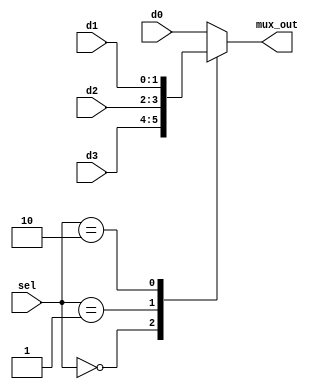
`timescale 1ns/1ns
module mux4_1(
input [1:0]d1,d2,d3,d0,
input [1:0]sel,
output[1:0]mux_out
);
    reg [1:0] out;
    //*************code***********//

    always @ (*) begin
        case(sel)
        2'b00    : out = d3; 		// If sel=0, output is a
        2'b01    : out = d2; 		// If sel=1, output is b
        2'b10    : out = d1; 		// If sel=2, output is c
        default  : out = d0; 		// If sel is anything else, out is always 0
        endcase
    end
    assign mux_out=out;
//*************code***********//
endmodule